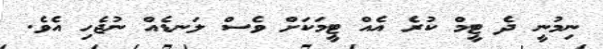
ނިމުނީ ދެ ޓީމް ކުރެ އެއް ޓީމަކަށް ވެސް ލަނޑެއް ނުޖެހި އެވެ.